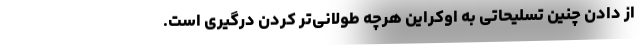
از دادن چنین تسلیحاتی به اوکراین هرچه طولانی‌تر کردن درگیری است.